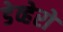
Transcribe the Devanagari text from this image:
डेव्हेरो